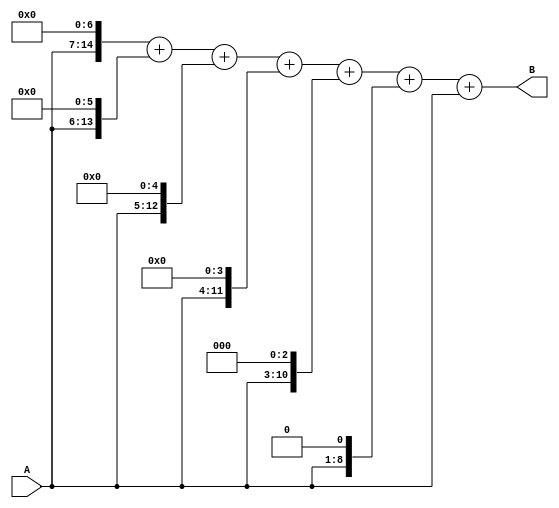
// ======================================================================
// Copyright (c) 2023-2023 All rights reserved
// ======================================================================
// Affiliation  : Tsinghua Univ & NeuraMatrix
// Revise Date  : 2023-06-09 15:02:34
// Description  : VL71 on nowcoder
// ======================================================================

module dajiang13(
  input  wire [7:0]  A,
  output wire [15:0] B
);

  assign B = (A << 7) + (A << 6) + (A << 5) + (A << 4) + (A << 3) + (A << 1) + A;

endmodule